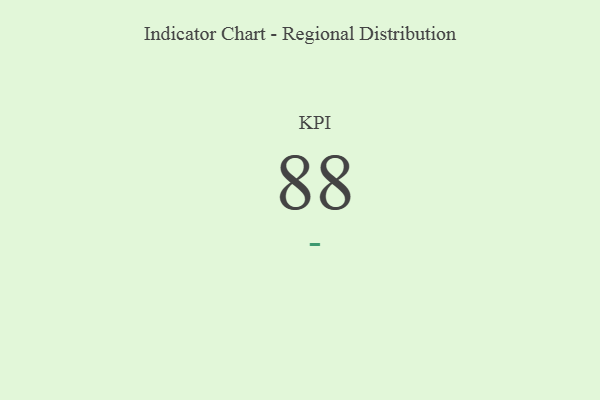
{"axis": {"x": "KPI", "y": "Value"}, "legend": [""], "data": [{"x": "KPI", "y": 88, "type": ""}]}